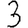
Digit: 3